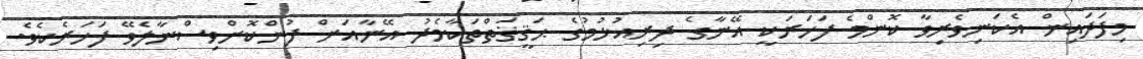
މިފަދައިން އެކަނިވެރިވާ ކޮންމެ ފަހަރަކީ އޭނާގެ ދިރިއުޅުމުގެ ޙަޤީޤަތްތަކާމެދު އޭނާއަށް ފުންކޮށްވިސްނާލެވޭ ފަހަރެކެވެ.